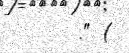
." (